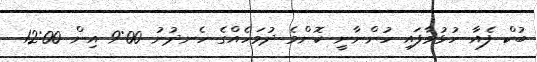
ބުކް ފެއާ ހުޅުވާފައި ހުންނާނީ ކޮންމެ ދުވަހެއްގެ ހެނދުނު 9:00 އިން 12:00